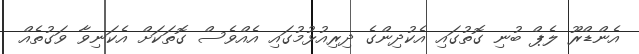
އެންޑްރޫ ލެޕް ބުނި ގޮތުގައި އެކުދިންގެ ދިރިއުޅުމުގައި އެއްވެސް ގޮތަކަށް އެކަނިވާ ވަގުތެއް